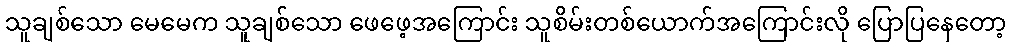
သူချစ်သော မေမေက သူချစ်သော ဖေဖေ့အကြောင်း သူစိမ်းတစ်ယောက်အကြောင်းလို ပြောပြနေတော့